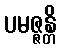
ပမဇ္ဇန္တိ